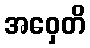
အဝှေတိ